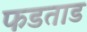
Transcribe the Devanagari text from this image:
फडताड